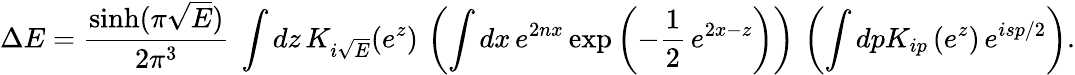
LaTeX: \Delta E=\frac{\sinh(\pi\sqrt{E})}{2\pi^{3}}~\int dz\, K_{i\sqrt{E}}(e^{z})\, \left(\int dx\, e^{2nx}\exp\left(-\frac{1}{2}\, e^{2x-z}\right)\right)\, \left(\int dpK_{ip}\left(e^{z}\right)\, e^{isp/2}\right).